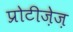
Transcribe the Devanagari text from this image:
प्रोटीज़ेज़